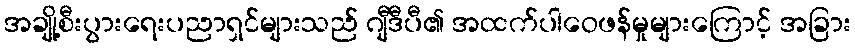
အချို့စီးပွားရေးပညာရှင်များသည် ဂျီဒီပီ၏ အထက်ပါဝေဖန်မှုများကြောင့် အခြား